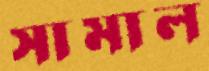
সামাল